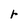
Character: r